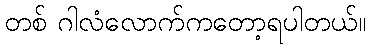
တစ် ဂါလံလောက်ကတော့ရပါတယ်။